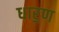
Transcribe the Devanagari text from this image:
धार॒ण